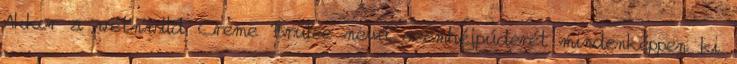
Akkor a wet'n'wild Creme Brulee nevű szemhéjpúderét mindenképpen ki